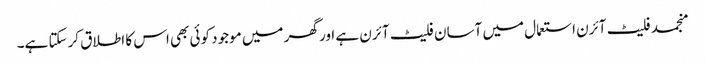
منجمد فلیٹ آئرن استعمال میں آسان فلیٹ آئرن ہے اور گھر میں موجود کوئی بھی اس کا اطلاق کرسکتا ہے۔